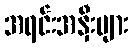
အရင်းအနှီးများ